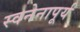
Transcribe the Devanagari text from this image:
स्वनेनापूर्य